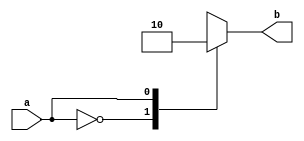

module swith(a,b);
input a;
output b;
reg b;
always @* begin
    case(a)
    0:b=1;
    1:b=0;
    endcase
end
endmodule

module test;
reg a;
wire b;
swith sw(a,b);
initial begin
    $monitor("a=%b,b=%b",a,b);
    a=0;
    #10;
    a=1;
    #10;
end
endmodule